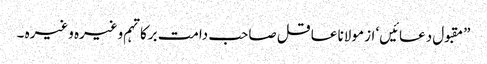
”مقبول دعائیں‘ از مولانا عاقل صاحب دامت برکاتہم وغیرہ وغیرہ ۔